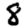
Digit: 8